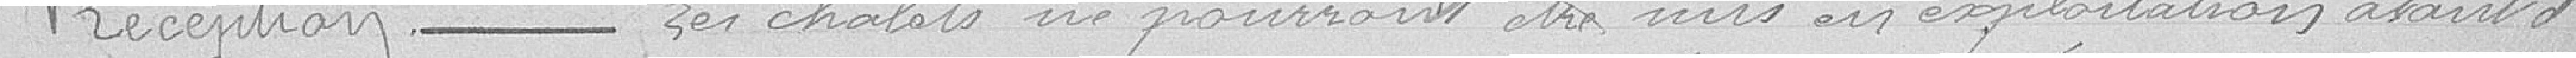
Réception ------- Les chalets ne pourront être mis en exploitation avant d'